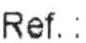
REF. :